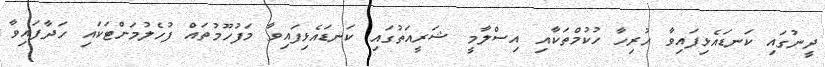
ދީނުގައި ކަނޑައެޅިފައިވާ ހުރިހާ ހުކުމްތަކާއި އިސްލާމީ ޝަރީއަތުގައި ކަނޑައެޅިފައިވާ މަފުހޫމުތައް ފުހެލުމަށްޓަކައި ހަދާފައިވާ